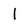
Character: 1